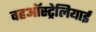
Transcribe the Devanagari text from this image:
वहऑस्ट्रेलियाई